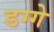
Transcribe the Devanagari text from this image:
डग्गे